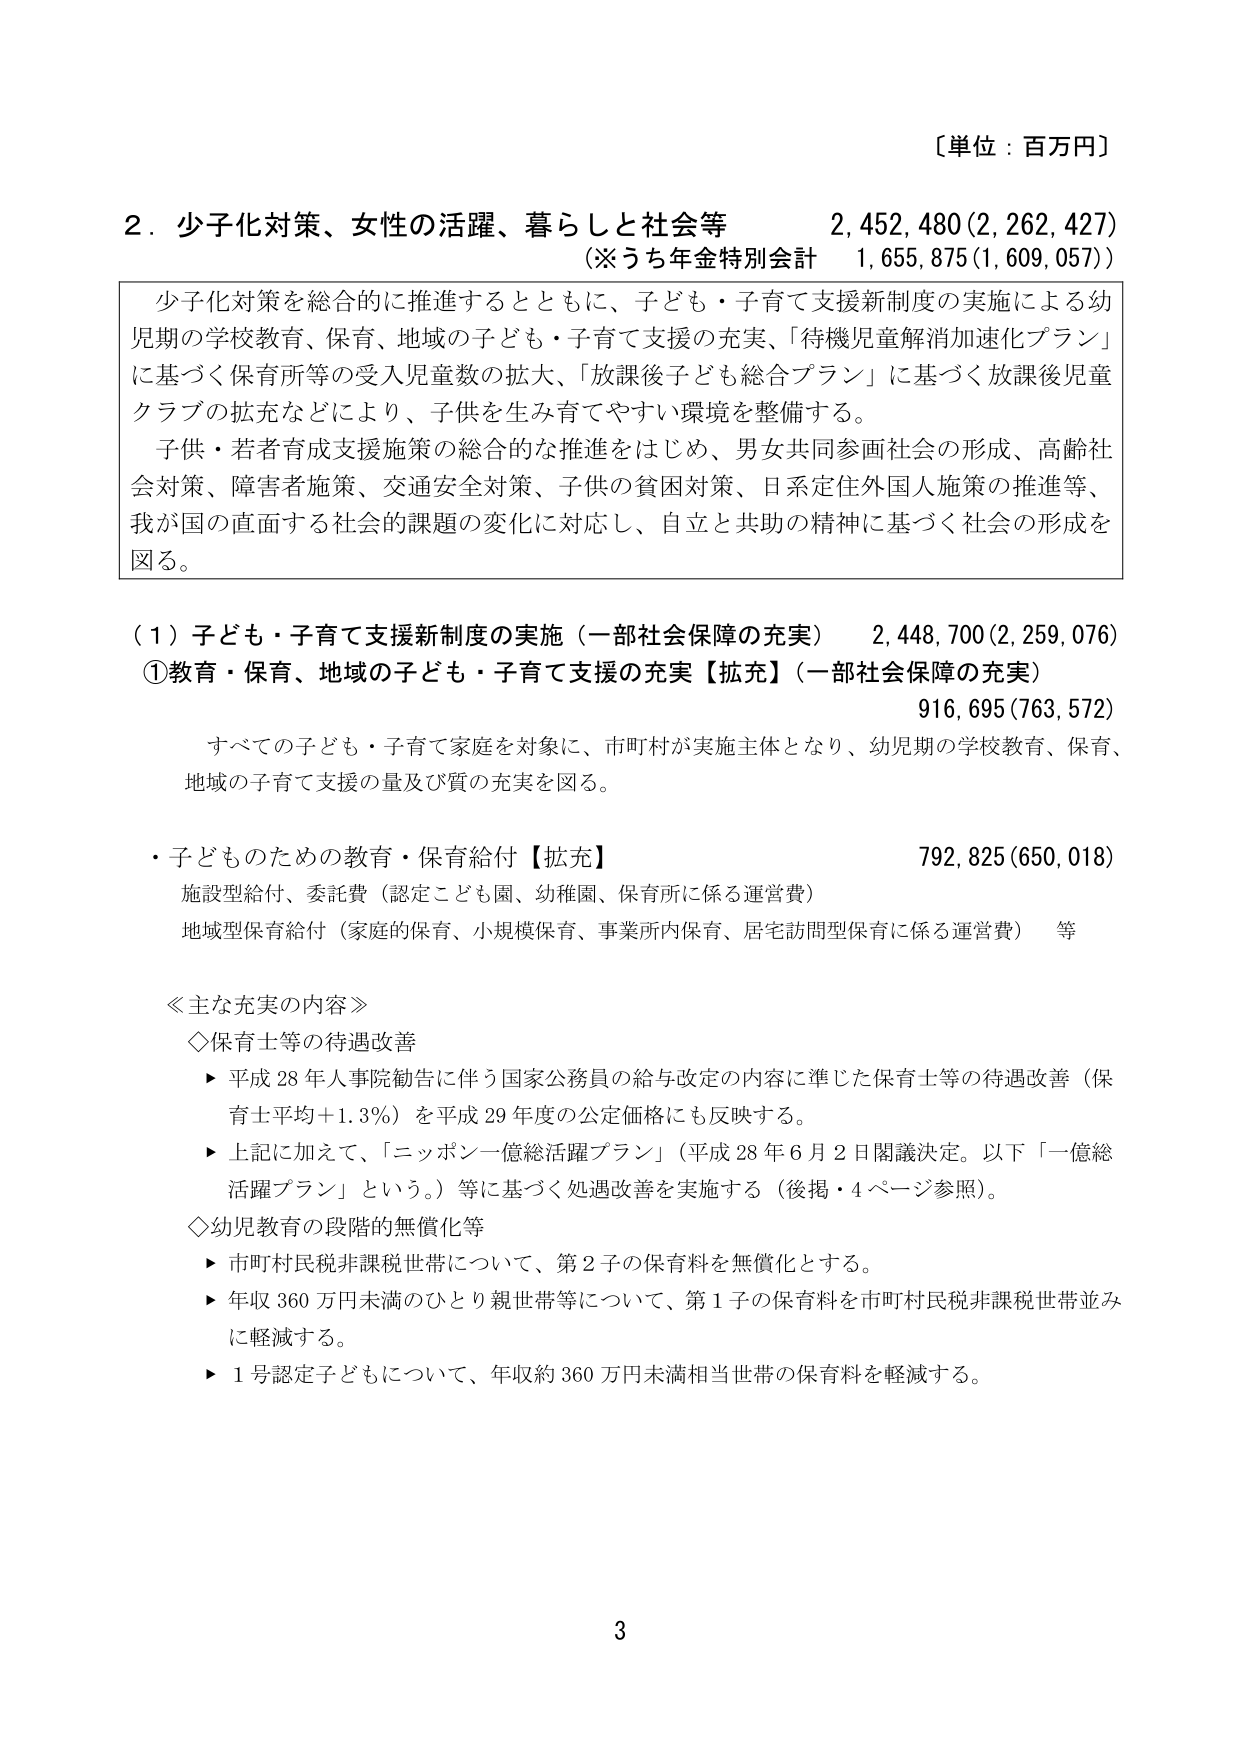
〔単位：百万円〕

２．少子化対策、女性の活躍、暮らしと社会等　　2,452,480(2,262,427)
（※うち年金特別会計　1,655,875(1,609,057)）

少子化対策を総合的に推進するとともに、子ども・子育て支援新制度の実施による幼児期の学校教育、保育、地域の子ども・子育て支援の充実、「待機児童解消加速化プラン」に基づく保育所等の受入児童数の拡大、「放課後子ども総合プラン」に基づく放課後児童クラブの拡充などにより、子供を生み育てやすい環境を整備する。
子供・若者育成支援施策の総合的な推進をはじめ、男女共同参画社会の形成、高齢社会対策、障害者施策、交通安全対策、子供の貧困対策、日系定住外国人施策の推進等、我が国の直面する社会的課題の変化に対応し、自立と共助の精神に基づく社会の形成を図る。

（１）子ども・子育て支援新制度の実施（一部社会保障の充実）　　2,448,700(2,259,076)
①教育・保育、地域の子ども・子育て支援の充実【拡充】（一部社会保障の充実）　　916,695(763,572)
　　すべての子ども・子育て家庭を対象に、市町村が実施主体となり、幼児期の学校教育、保育、地域の子育て支援の量及び質の充実を図る。

・子どものための教育・保育給付【拡充】　　792,825(650,018)
　　施設型給付、委託費（認定こども園、幼稚園、保育所に係る運営費）
　　地域型保育給付（家庭的保育、小規模保育、事業所内保育、居宅訪問型保育に係る運営費）　等

≪主な充実の内容≫
　◇保育士等の待遇改善
　　▶ 平成28年人事院勧告に伴う国家公務員の給与改定の内容に準じた保育士等の待遇改善（保育士平均＋1.3％）を平成29年度の公定価格にも反映する。
　　▶ 上記に加えて、「ニッポン一億総活躍プラン」（平成28年6月2日閣議決定。以下「一億総活躍プラン」という。）等に基づく処遇改善を実施する（後掲・4ページ参照）。
　◇幼児教育の段階的無償化等
　　▶ 市町村民税非課税世帯について、第2子の保育料を無償化とする。
　　▶ 年収360万円未満のひとり親世帯等について、第1子の保育料を市町村民税非課税世帯並みに軽減する。
　　▶ 1号認定子どもについて、年収約360万円未満相当世帯の保育料を軽減する。

3